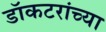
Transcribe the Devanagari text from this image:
डॉकटरांच्या